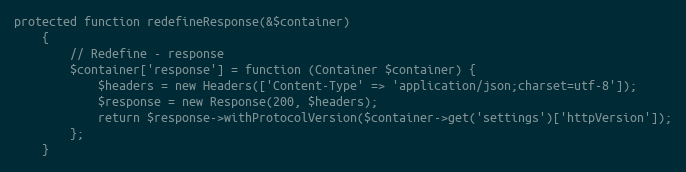
Language: PHP
protected function redefineResponse(&$container)
    {
        // Redefine - response
        $container['response'] = function (Container $container) {
            $headers = new Headers(['Content-Type' => 'application/json;charset=utf-8']);
            $response = new Response(200, $headers);
            return $response->withProtocolVersion($container->get('settings')['httpVersion']);
        };
    }